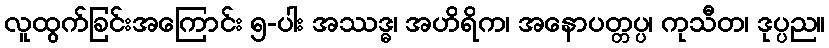
လူထွက်ခြင်းအကြောင်း ၅-ပါး အဿဒ္ဓ၊ အဟိရိက၊ အနောပတ္တပ္ပ၊ ကုသီတ၊ ဒုပ္ပည။